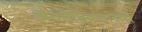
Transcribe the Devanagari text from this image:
जैवनैतिकतावादी